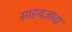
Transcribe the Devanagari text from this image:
साहबज़ादा